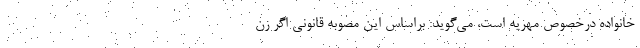
خانواده درخصوص مهریه است، می‌گوید: براساس این مصوبه قانونی اگر زن